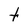
Character: t